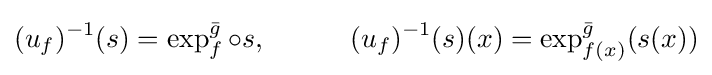
(u_{f})^{-1}(s)=\exp _{f}^{\bar {g}}\circ s,\qquad \quad (u_{f})^{-1}(s)(x)=\exp _{f(x)}^{\bar {g}}(s(x))